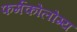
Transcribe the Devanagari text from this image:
फर्मकोलोग्य